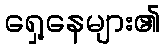
ရှေ့နေများ၏